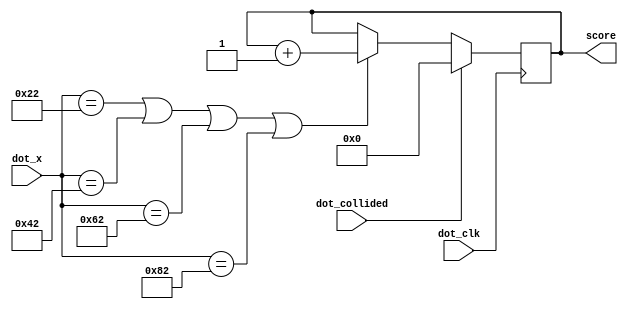
module score(score, dot_x, dot_clk, dot_collided);
	input dot_clk;
	input [7:0] dot_x;
	input dot_collided;
	output reg [7:0] score = 8'd0;

	localparam	COL1 = 8'd32,
					COL2 = 8'd64,
					COL3 = 8'd96,
					COL4 = 8'd128;
				
	always @(posedge dot_clk)
	begin
		if (dot_collided)
			// reset the score if dot collides with something
			score <= 8'd0;
		else if (dot_x == COL1 + 8'd2 || dot_x == COL2 + 8'd2 || dot_x == COL3 + 8'd2 || dot_x == COL4 + 8'd2)
			// if dot passes a column, increase score by 1
			score <= score + 1'b1;
		else
			// else don't change the score
			score <= score;
	end

endmodule